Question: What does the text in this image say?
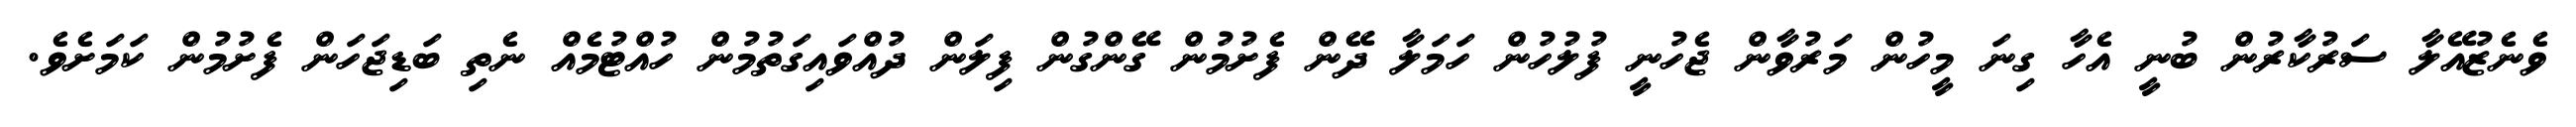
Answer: ވެނެޒުއޭލާ ސަރުކާރުން ބުނީ އެހާ ގިނަ މީހުން މަރުވާން ޖެހުނީ ފުލުހުން ހަމަލާ ދޭން ފެށުމުން ގޭންގުން ފިލަން ދުއްވައިގަތުމުން ހުއްޓުމެއް ނެތި ބަޑިޖަހަން ފެށުމުން ކަމަށެވެ.